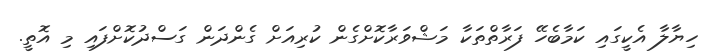
ހިޔާލާ އެކީގައި ކަމާބެހޭ ފަރާތްތަކާ މަޝްވަރާކޮށްގެން ކުރިއަށް ގެންދަން ގަސްދުކޮށްފައި މި އޮތީ.